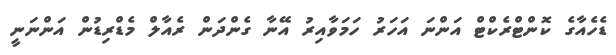
ޑެހެއާގެ ކޮންޓްރެކްޓް އަންނަ އަހަރު ހަމަވާއިރު އޭނާ ގެންދަން ރެއާލް މެޑްރިޑުން އަންނަނީ